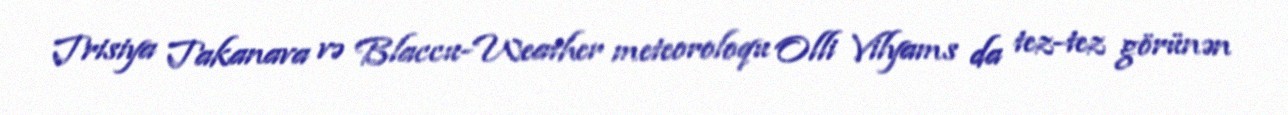
Trisiya Takanava və Blaccu-Weather meteoroloqu Olli Vilyams da tez-tez görünən